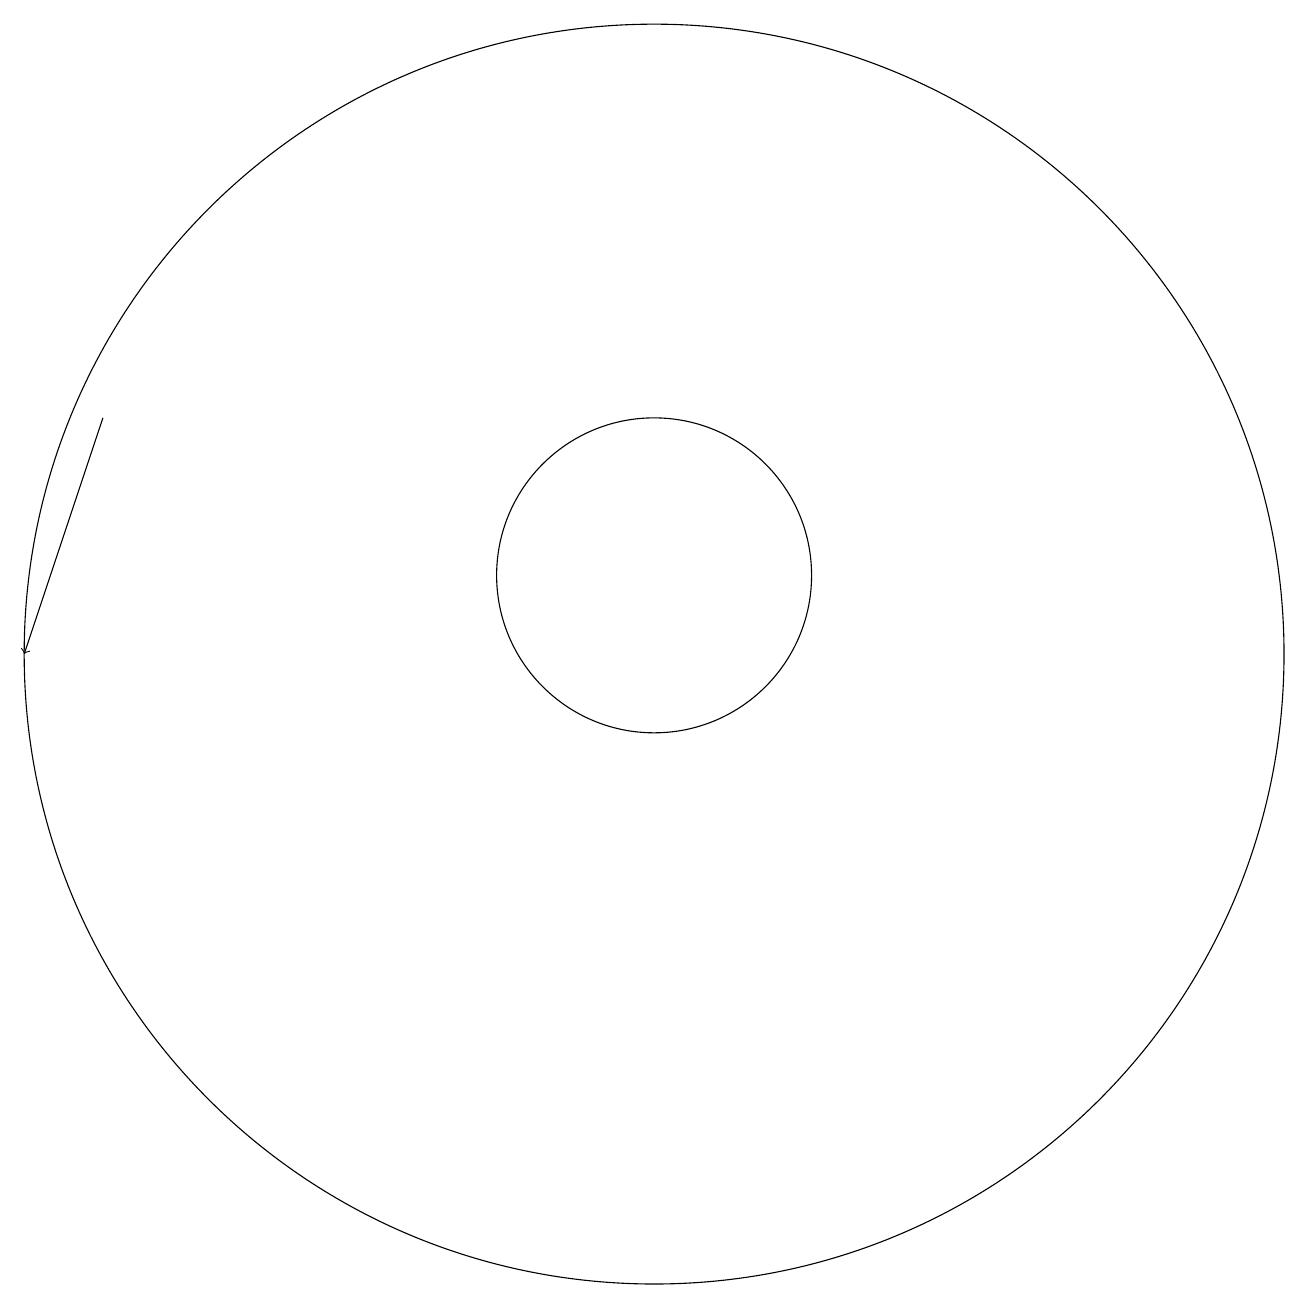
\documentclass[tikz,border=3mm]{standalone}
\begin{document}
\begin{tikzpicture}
\draw (10,11) circle (2);
\draw (10,10) circle (8);
\draw[->] (3,13) -- (2,10);
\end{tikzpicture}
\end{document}